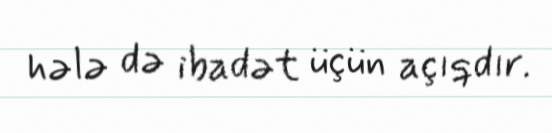
hələ də ibadət üçün açıqdır.